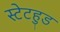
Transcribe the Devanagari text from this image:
स्टेटहुड